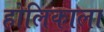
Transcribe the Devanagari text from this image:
होलिकाला